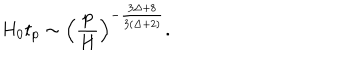
LaTeX: H _ { 0 } t _ { p } \sim \left( \frac { p } { H } \right) ^ { - \frac { 3 \Delta + 8 } { 3 ( \Delta + 2 ) } } .